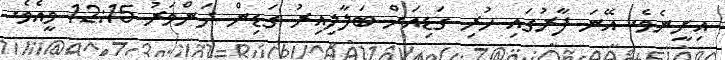
އިށީނެވެ. އޭނަ ފާރުގައި ހުރި ގަޑިއަށް ބަލާލިއިރު ގަޑިން ދަންވަރު 12:15 ވީއެވެ.